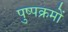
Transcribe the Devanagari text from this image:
पुष्पक्रमों